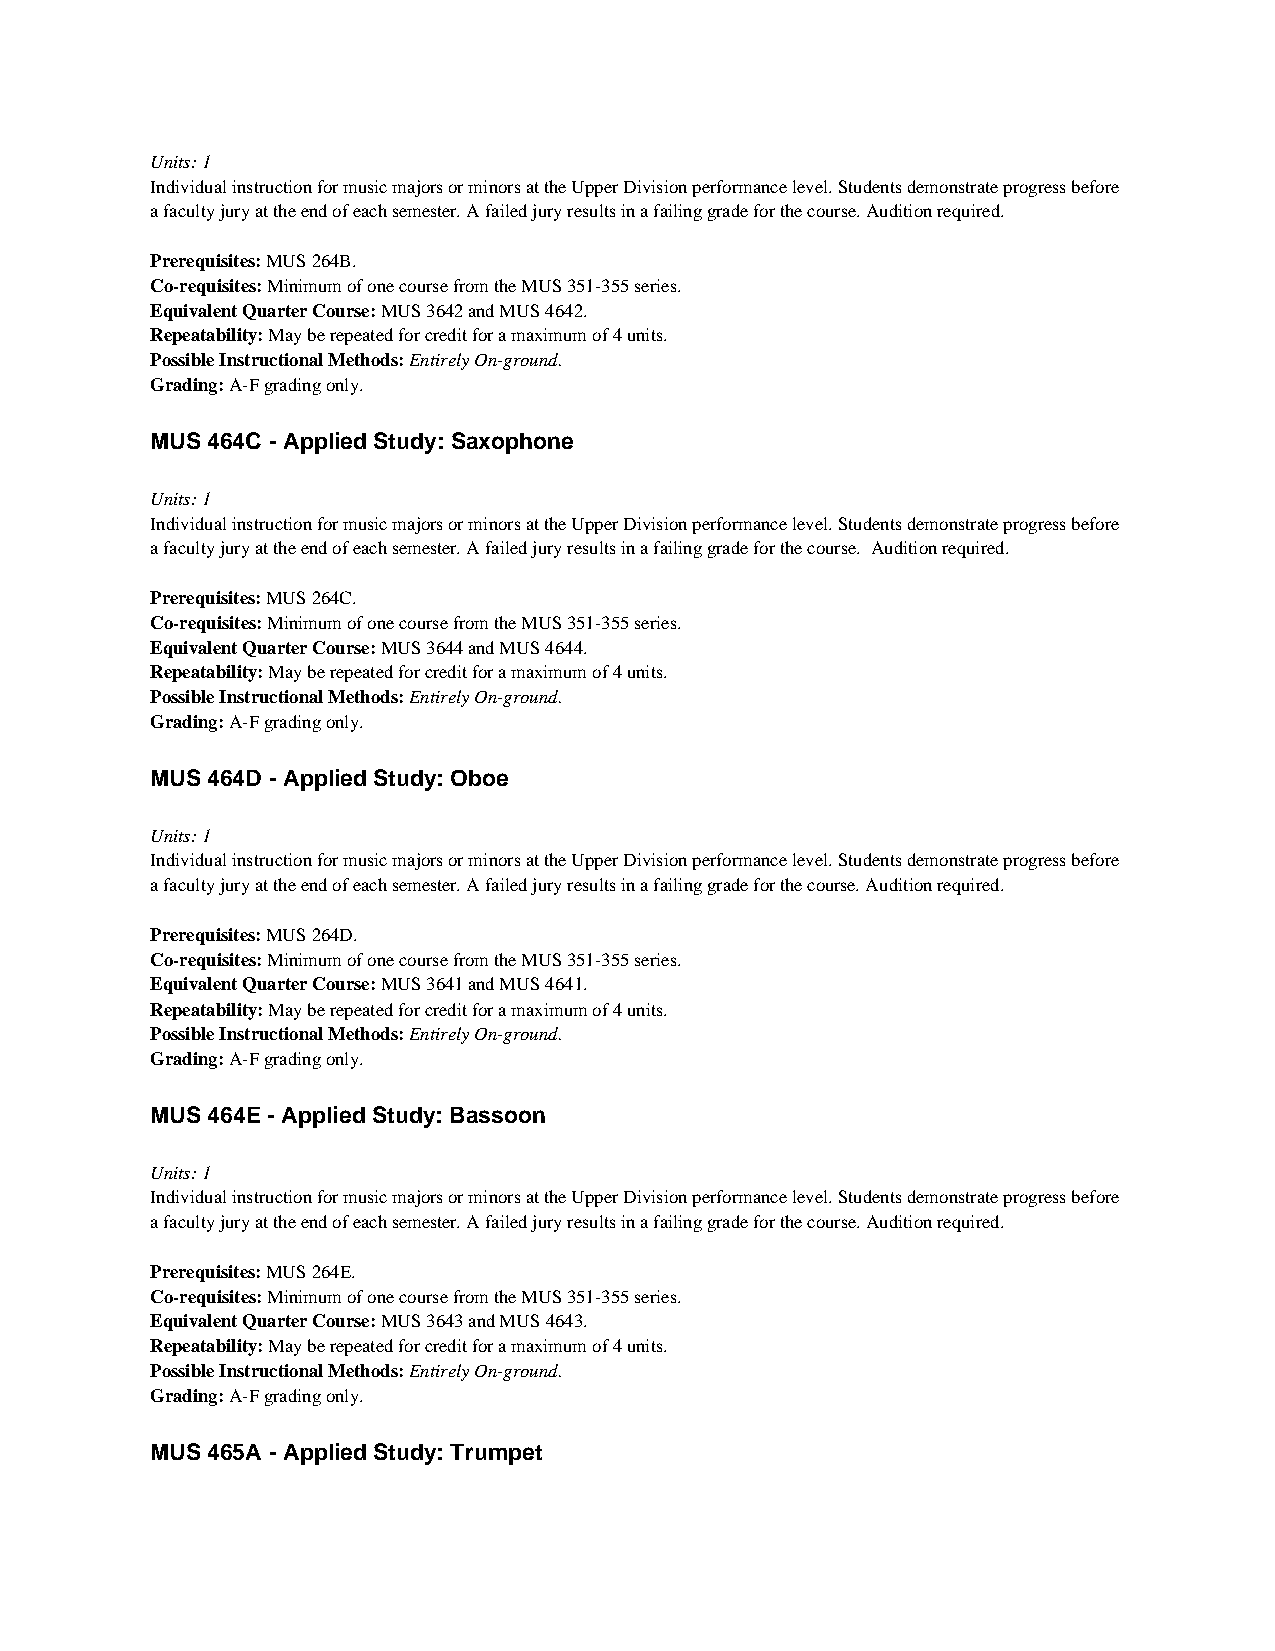
Units: 1
 Individual instruction for music majors or minors at the Upper Division performance level. Students demonstrate progress before
 a faculty jury at the end of each semester. A failed jury results in a failing grade for the course. Audition required.
 Prerequisites: MUS 264B.
 Co-requisites: Minimum of one course from the MUS 351-355 series.
 Equivalent Quarter Course: MUS 3642 and MUS 4642.
 Repeatability: May be repeated for credit for a maximum of 4 units.
 Possible Instructional Methods: Entirely On-ground.
 Grading: A-F grading only.
 MUS 464C - Applied Study: Saxophone
 Units: 1
 Individual instruction for music majors or minors at the Upper Division performance level. Students demonstrate progress before
 a faculty jury at the end of each semester. A failed jury results in a failing grade for the course. Audition required.
 Prerequisites: MUS 264C.
 Co-requisites: Minimum of one course from the MUS 351-355 series.
 Equivalent Quarter Course: MUS 3644 and MUS 4644.
 Repeatability: May be repeated for credit for a maximum of 4 units.
 Possible Instructional Methods: Entirely On-ground.
 Grading: A-F grading only.
 MUS 464D - Applied Study: Oboe
 Units: 1
 Individual instruction for music majors or minors at the Upper Division performance level. Students demonstrate progress before
 a faculty jury at the end of each semester. A failed jury results in a failing grade for the course. Audition required.
 Prerequisites: MUS 264D.
 Co-requisites: Minimum of one course from the MUS 351-355 series.
 Equivalent Quarter Course: MUS 3641 and MUS 4641.
 Repeatability: May be repeated for credit for a maximum of 4 units.
 Possible Instructional Methods: Entirely On-ground.
 Grading: A-F grading only.
 MUS 464E - Applied Study: Bassoon
 Units: 1
 Individual instruction for music majors or minors at the Upper Division performance level. Students demonstrate progress before
 a faculty jury at the end of each semester. A failed jury results in a failing grade for the course. Audition required.
 Prerequisites: MUS 264E.
 Co-requisites: Minimum of one course from the MUS 351-355 series.
 Equivalent Quarter Course: MUS 3643 and MUS 4643.
 Repeatability: May be repeated for credit for a maximum of 4 units.
 Possible Instructional Methods: Entirely On-ground.
 Grading: A-F grading only.
 MUS 465A - Applied Study: Trumpet